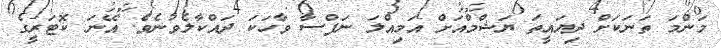
މަންމަ ތަނަކަށް ދިޔައީތަ ޔަޝްމްއަށް އަމިއްލަ ނަފްސާ ވާހަކަ ދައްކާލެވުނެވެ. އޭނަ ކޮޓަރީގެ